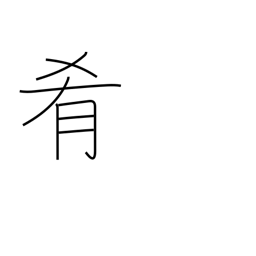
Meaning: accompaniment for drinks